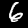
Label: 6